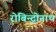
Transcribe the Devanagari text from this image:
रोबिन्द्रोनाथ